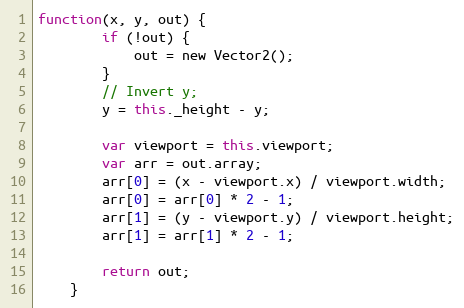
Language: JavaScript
function(x, y, out) {
        if (!out) {
            out = new Vector2();
        }
        // Invert y;
        y = this._height - y;

        var viewport = this.viewport;
        var arr = out.array;
        arr[0] = (x - viewport.x) / viewport.width;
        arr[0] = arr[0] * 2 - 1;
        arr[1] = (y - viewport.y) / viewport.height;
        arr[1] = arr[1] * 2 - 1;

        return out;
    }